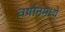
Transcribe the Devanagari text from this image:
वर्षानमध्ये